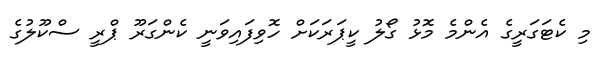
މި ކެޓަގަރީގެ އެންމެ މޮޅު ގޯލު ކީޕަރަކަށް ހޮވިފައިވަނީ ކެންގަރޫ ޕްރީ ސްކޫލުގެ